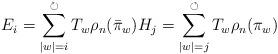
LaTeX: \begin{align*}E_{i}=\sum_{|w|=i}^{\circlearrowright }T_{w}\rho _{n}(\bar{\pi}_{w})H_{j}=\sum_{|w|=j}^{\circlearrowleft }T_{w}\rho _{n}(\pi_{w}) \end{align*}